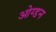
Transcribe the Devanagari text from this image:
ओग्डन